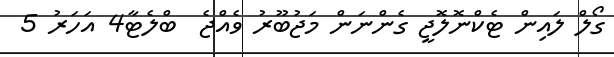
ގޯލް ލައިން ޓެކްނޮލޮޖީ ގެންނަން މަޖުބޫރު ވެއްޖެ  ބްލެޓާ4 އަހަރު 5